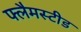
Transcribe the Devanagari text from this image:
फ्लैमस्टीड